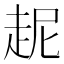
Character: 𲃋